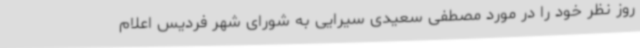
روز نظر خود را در مورد مصطفی سعیدی سیرایی به شورای شهر فردیس اعلام